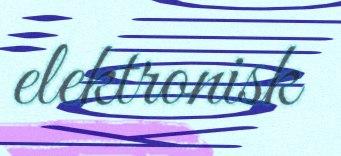
elektronisk